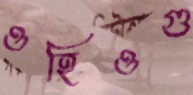
ওহিওগু